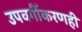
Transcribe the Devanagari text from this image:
उपवर्गीकरणही